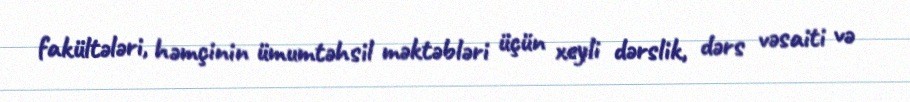
fakültələri, həmçinin ümumtəhsil məktəbləri üçün xeyli dərslik, dərs vəsaiti və